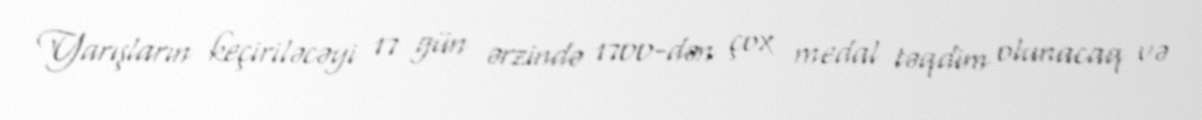
Yarışların keçiriləcəyi 17 gün ərzində 1700-dən çox medal təqdim olunacaq və